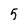
Character: 5